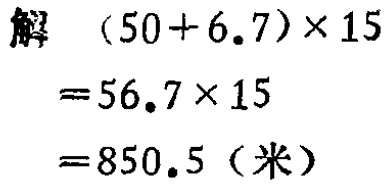
\[

\begin{align*}

\text{解}\quad&(50 + 6.7)\times15\\

&= 56.7\times15\\

&= 850.5 (\text{米})

\end{align*}

\]